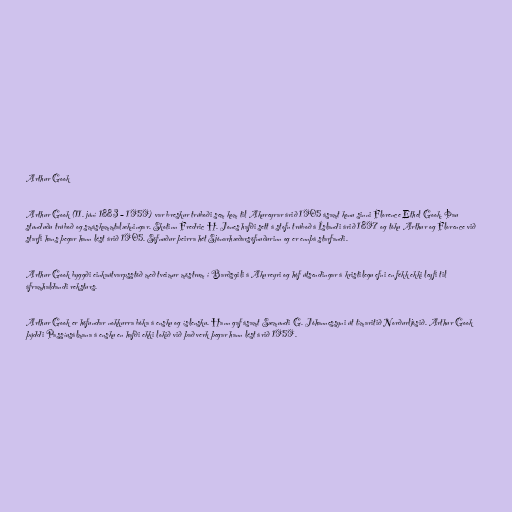
Arthur Gook

Arthur Gook (11. júní 1883 – 1959) var breskur trúboði sem kom til Akureyrar árið 1905 ásamt konu sinni Florence Ethel Gook. Þau
stunduðu trúboð og smáskammtalækningar. Skotinn Fredric H. Jones hafði sett á stofn trúboð á Íslandi árið 1897 og tóku Arthur og Florence við
starfi hans þegar hann lést árið 1905. Söfnuður þeirra hét Sjónarhæðarsöfnuðurinn og er ennþá starfandi.

Arthur Gook byggði einkaútvarpsstöð með tveimur möstrum í Barðsgili á Akureyri og hóf útsendingar á kristilegu efni en fékk ekki leyfi til
áframhaldandi reksturs.

Arthur Gook er höfundar nokkurra bóka á ensku og íslensku. Hann gaf ásamt Sæmundi G. Jóhannessyni út tímaritið Norðurljósið. Arthur Gook
þýddi Passíusálmana á ensku en hafði ekki lokið við það verk þegar hann lést árið 1959.